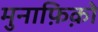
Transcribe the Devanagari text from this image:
मुनाफ़िक़ो